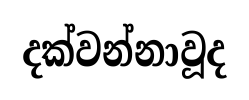
දක්වන්නාවූද